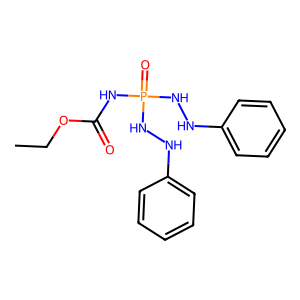
SMILES: CCOC(=O)NP(=O)(NNc1ccccc1)NNc1ccccc1
Inhibits HIV replication: No